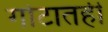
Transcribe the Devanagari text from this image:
गोटातही